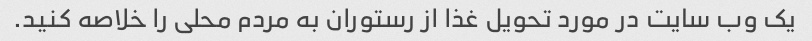
یک وب سایت در مورد تحویل غذا از رستوران به مردم محلی را خلاصه کنید.